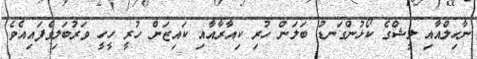
ނާހިލްއާއި ލީޝްގެ ކޯޅުންގަނޑު ބަލަން ހުރި ކިއާރާއާއި ކައިޒަން ހުރީ ހީހީ ވަރުބަލިވެފައިއެވެ.